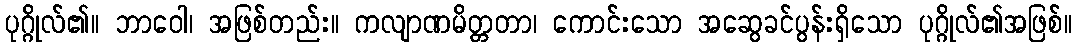
ပုဂ္ဂိုလ်၏။ ဘာဝေါ၊ အဖြစ်တည်း။ ကလျာဏမိတ္တတာ၊ ကောင်းသော အဆွေခင်ပွန်းရှိသော ပုဂ္ဂိုလ်၏အဖြစ်။